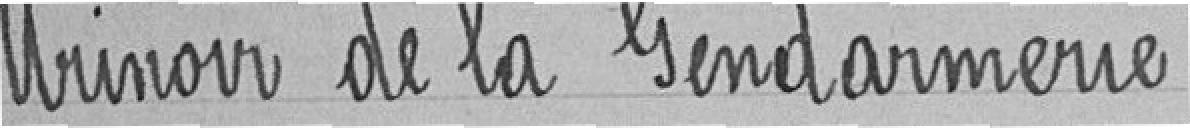
Urinoir de la Gendarmerie.